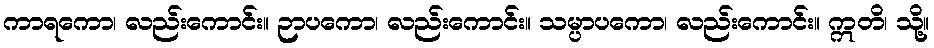
ကာရကော၊ လည်းကောင်း။ ဉာပကော၊ လည်းကောင်း။ သမ္ပာပကော၊ လည်းကောင်း။ ဣတိ၊ သို့။